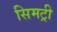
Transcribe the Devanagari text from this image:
सिमट्री